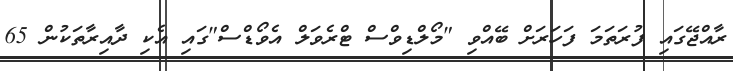
ރާއްޖޭގައި ފުރަތަމަ ފަހަރަށް ބޭއްވި "މޯލްޑިވްސް ޓްރެވަލް އެވޯޑްސް"ގައި އެކި ދާއިރާތަކުން 65